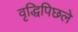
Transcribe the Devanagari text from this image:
वृद्धिपिछले